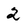
Character: 2